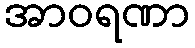
အာဝရဏာ